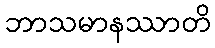
ဘာသမာနဿာတိ